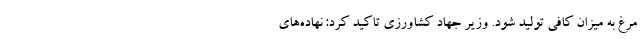
مرغ به میزان کافی تولید شود. وزیر جهاد کشاورزی تاکید کرد: نهاده‌های